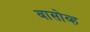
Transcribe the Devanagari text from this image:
बासोव्ह